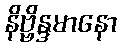
နိဗ္ဗိန္ဒမာနော